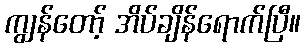
ကျွန်တော့် အိပ်ချိန်ရောက်ပြီ။